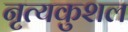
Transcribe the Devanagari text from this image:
नृत्यकुशल